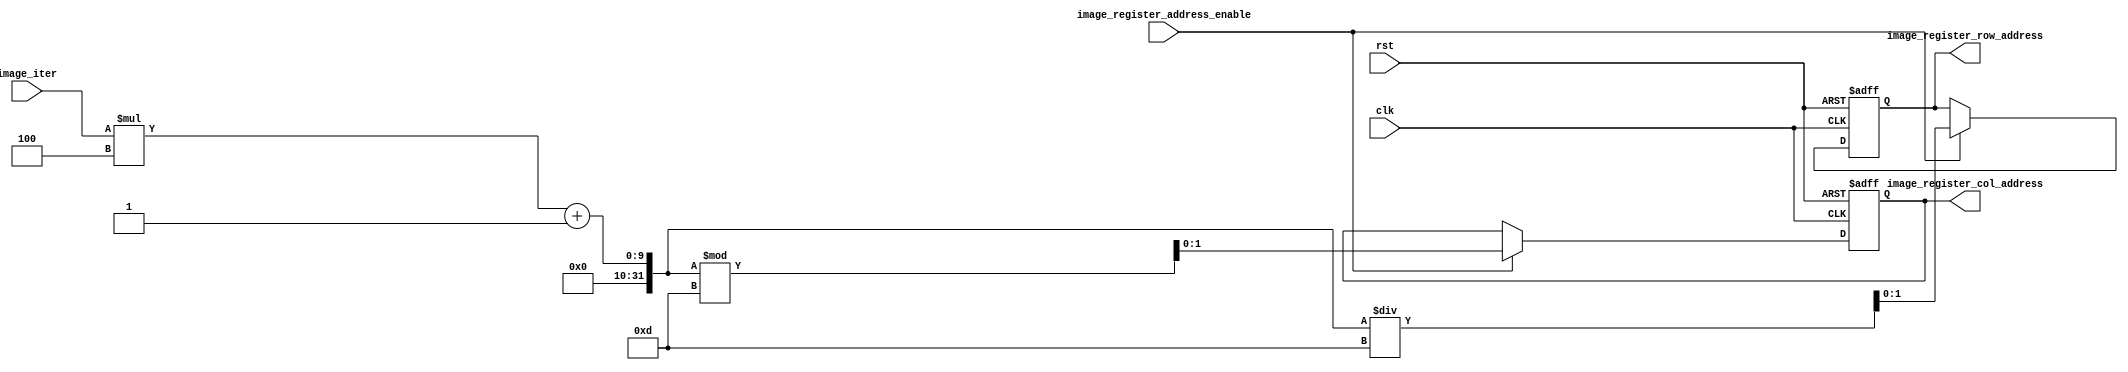
module image_register_address_calculator(input clk , rst ,image_register_address_enable, input[5:0] image_iter , output reg [1:0] image_register_row_address , image_register_col_address);

	reg [3 : 0 ] r,q ;
	
	assign q = ((image_iter * 4) +1) / 13 ;
	assign r = ((image_iter * 4) +1) % 13 ;
	always @ ( negedge clk , posedge rst ) begin
		if ( rst ) begin
			image_register_row_address <= 0;
			image_register_col_address <= 0;
		end
		else if (image_register_address_enable) begin
			image_register_row_address <= q;
			image_register_col_address <= r;
		end
	end	

endmodule